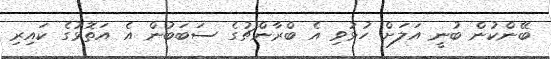
ބޭންކުން ބުނީ އަލަށް ހުޅުވި އެ ބްރާންޗުގެ ސަބަބުން އެ އަތޮޅުގެ ކައިރި